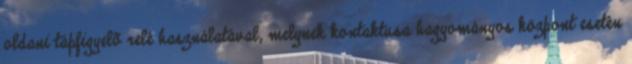
oldani tápfigyelõ relé használatával, melynek kontaktusa hagyományos központ esetén